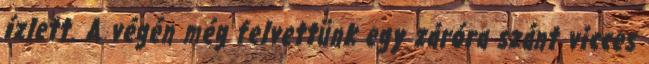
ízlett. A végén még felvettünk egy záróra szánt vicces